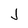
Character: J